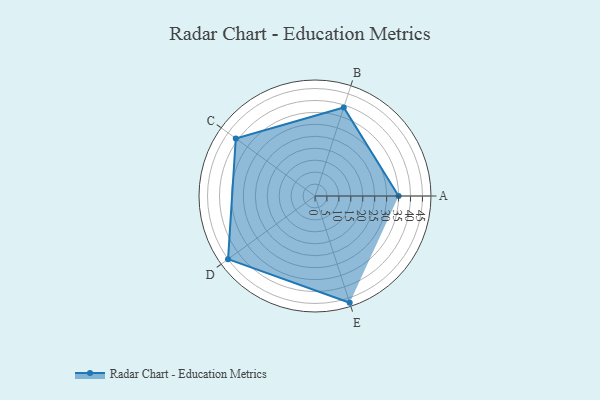
{"axis": {"x": "Skill", "y": "Score"}, "legend": ["Profile"], "data": [{"x": "A", "y": 35.0, "type": "Profile"}, {"x": "B", "y": 39.0, "type": "Profile"}, {"x": "C", "y": 41.0, "type": "Profile"}, {"x": "D", "y": 45.0, "type": "Profile"}, {"x": "E", "y": 47.0, "type": "Profile"}]}